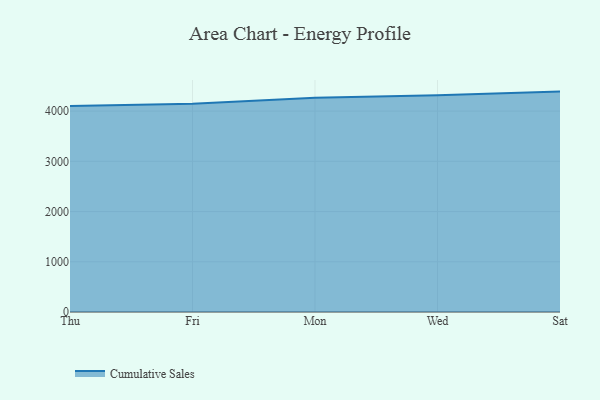
{"axis": {"x": "Day", "y": "Website Visitors"}, "legend": ["Cumulative Sales"], "data": [{"x": "Thu", "y": 4102.3, "type": "Cumulative Sales"}, {"x": "Fri", "y": 4147.6, "type": "Cumulative Sales"}, {"x": "Mon", "y": 4264.3, "type": "Cumulative Sales"}, {"x": "Wed", "y": 4317.9, "type": "Cumulative Sales"}, {"x": "Sat", "y": 4388.5, "type": "Cumulative Sales"}]}